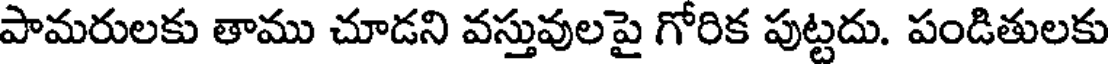
పామరులకు తాము చూడని వస్తువులపై గోరిక పుట్టదు. పండితులకు